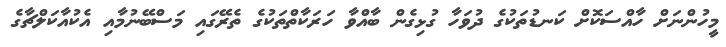
މީހުންނަށް ހާއްސަކޮށް ކަނޑުތަކުގެ ދުވަހާ ގުޅިގެން ބާއްވާ ހަރަކާތްތަކުގެ ތެރޭގައި މަސްބޭނުމާއި އެކުއާކަލްޗާގެ